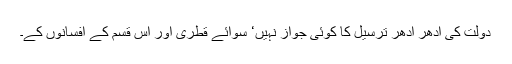
دولت کی اِدھر اُدھر ترسیل کا کوئی جواز نہیں‘ سوائے قطری اور اس قسم کے افسانوں کے۔